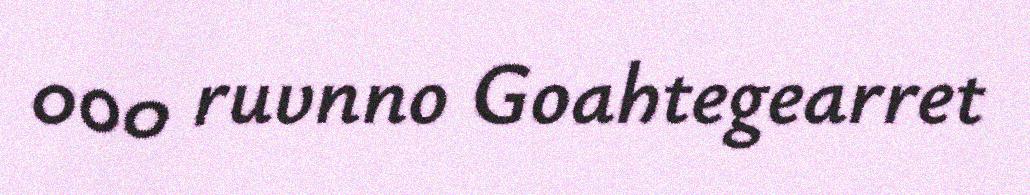
000 ruvnno Goahtegearret